Report of the Bombay Veterinary College
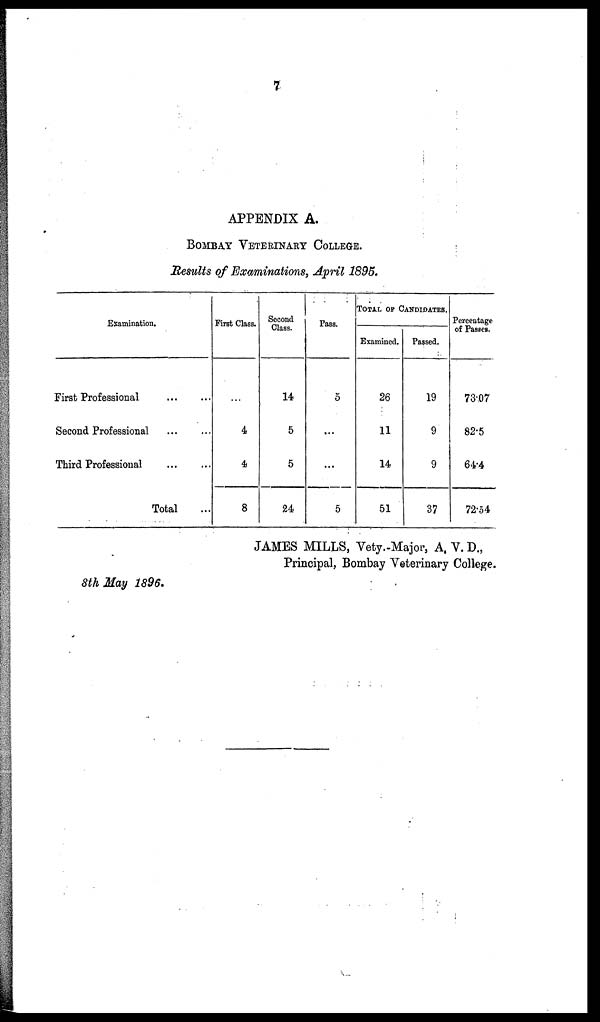
7
APPENDIX A.
BOMBAY VETERINARY COLLEGE.
Results of Examinations, April 1895.
Examination.
First Professional
...
...
Second Professional
...
...
Third Professional
...
...
Total ...
First Class.
...
4
4
8
Second
Class.
14
5
5
24
Pass.
5
...
...
5
TOTAL OF CANDIDATES.
Examined.
26
11
14
51
Passed.
19
9
9
37
Percentage
of Passes.
73.07
82.5
64.4
72.54
JAMES MILLS, Vety.-Major, A. V. D.,
Principal, Bombay Veterinary College.
8th May 1896.